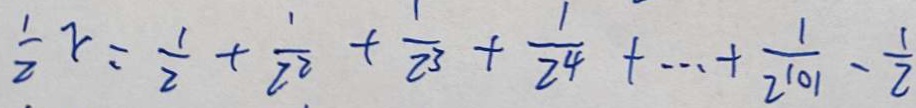
\frac { 1 } { 2 } x = \frac { 1 } { 2 } + \frac { 1 } { 2 ^ { 2 } } + \frac { 1 } { 2 ^ { 3 } } + \frac { 1 } { 2 ^ { 4 } } + \cdots + \frac { 1 } { 2 ^ { 1 0 1 } } - \frac { 1 } { 2 }